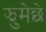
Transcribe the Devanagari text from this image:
झुमेछे